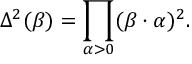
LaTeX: \Delta ^ { 2 } ( \beta ) = \prod _ { \alpha > 0 } ( \beta \cdot \alpha ) ^ { 2 } .